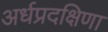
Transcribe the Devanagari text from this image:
अर्धप्रदक्षिणा